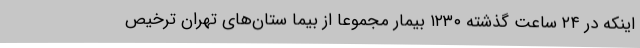
اینکه در ۲۴ ساعت گذشته ۱۲۳۰ بیمار مجموعا از بیما ستان‌های تهران ترخیص